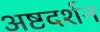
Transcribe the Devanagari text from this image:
अष्टदर्शन